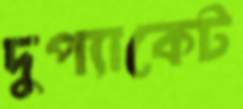
দুপ্যাকেট